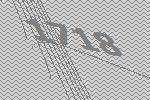
1718